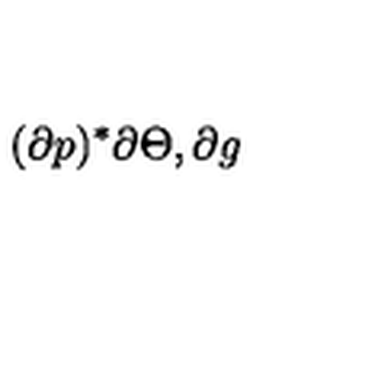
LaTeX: ( \partial p ) ^ { * } \partial \Theta , \partial g